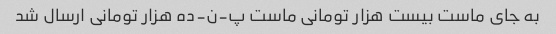
به جای ماست بیست هزار تومانی ماست پ-ن-ده هزار تومانی ارسال شد